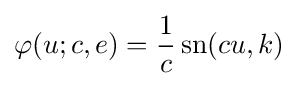
\varphi (u;c,e)={\frac {1}{c}}\operatorname {sn} (cu,k)